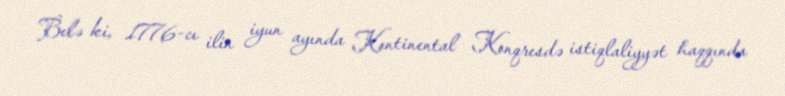
Belə ki, 1776-cı ilin iyun ayında Kontinental Konqresdə istiqlaliyyət haqqında